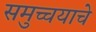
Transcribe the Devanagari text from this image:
समुच्चयाचे